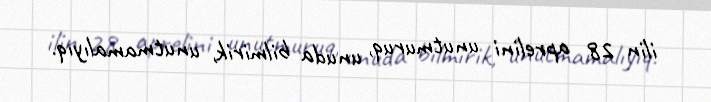
ilin 28 aprelini unutmuruq, unuda bilmirik, unutmamalıyıq.